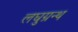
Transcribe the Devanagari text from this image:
लघुग्रन्थ